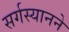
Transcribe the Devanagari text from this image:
सर्गस्यानने